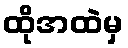
ထိုအထဲမှ